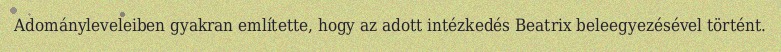
Adományleveleiben gyakran említette, hogy az adott intézkedés Beatrix beleegyezésével történt.